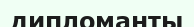
дипломанты